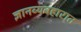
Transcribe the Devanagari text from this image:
ज्ञानव्यवहारात